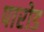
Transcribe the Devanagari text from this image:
पारोड